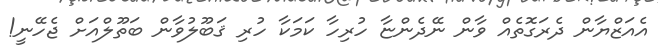
އެއަޒްޔާން ދެރަގޮތެއް ވާން ނޭދެންޏާ ހުރިހާ ކަމަކާ ހުރި ޤަބޫލުވާން ބަތޫލްއަށް ޖެހޭނީ!